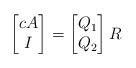
LaTeX: \begin{align*} \begin{bmatrix} c A \\ I \end{bmatrix} = \begin{bmatrix} Q_1 \\ Q_2 \end{bmatrix}R \end{align*}